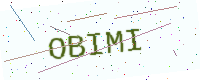
Text: OBIMI